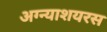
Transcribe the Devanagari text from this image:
अग्न्याशयरस